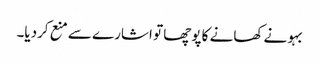
بہو نے کھانے کا پوچھا تو اشارے سے منع کردیا۔